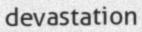
devastation